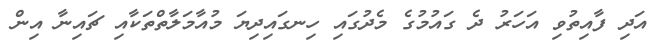
އަދި ފާއިތުވި އަހަރު ދެ ގައުމުގެ މެދުގައި ހިނގައިދިޔަ މުއާމަލާތްތަކާއި ޗައިނާ އިން